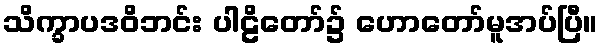
သိက္ခာပဒဝိဘင်း ပါဠိတော်၌ ဟောတော်မူအပ်ပြီ။